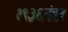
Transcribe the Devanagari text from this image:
१९३६नंतर